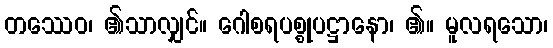
တဿေဝ၊ ၏သာလျှင်။ ဂေါစရပစ္စုပဋ္ဌာနော၊ ၏။ မူလရသော၊